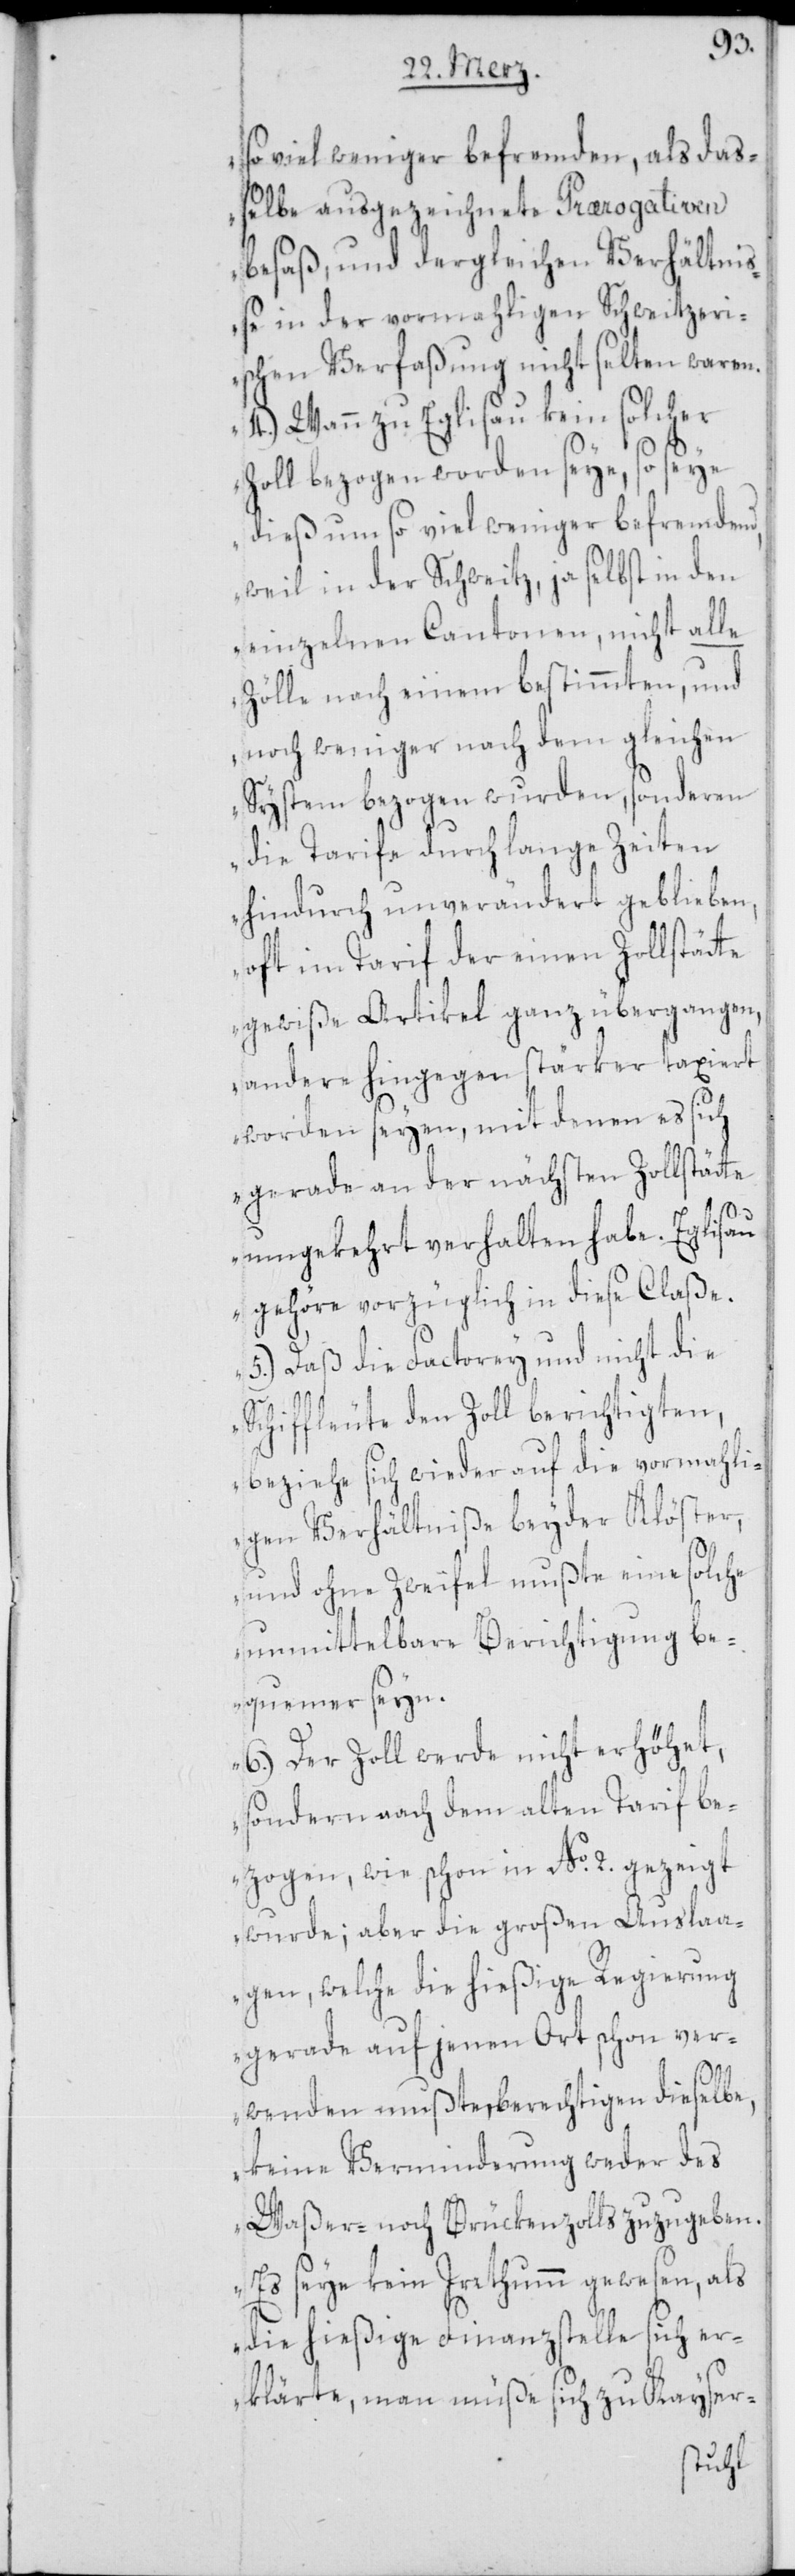
so viel weniger befremden, als da¬
ßelbe ausgezeichnete Prærogativen
besaß, und dergleichen Verhältni¬
ße in der vormahligen Schweitzeri¬
schen Verfaßung nicht selten waren.
4.) Wann zu Eglisau kein solcher
Zoll bezogen worden seye, so seye
dieß um so viel weniger befremdend,
weil in der Schweitz, ja selbst in den
einzelnen Cantonen, nicht alle
Zölle nach einem bestimmten, und
noch weniger nach dem gleichen
System bezogen wurden, sonderen
die Tarife durch lange Zeiten
hindurch unverändert geblieben,
oft im Tarif der einen Zollstätte
gewiße Artikel ganz übergangen,
andere hingegen stärker taxiert
worden seyen, mit denen es sich
gerade an der nächsten Zollstätte
umgekehrt verhalten habe. Eglisau
gehöre vorzüglich in diese Claße.
5.) Daß die Factorey und nicht die
Schiffleute den Zoll berichtigten,
beziehe sich wieder auf die vormahli¬
gen Verhältniße beyder Klöster,
und ohne Zweifel mußte eine solche
unmittelbare Berichtigung be¬
quemer seyn.
6.) Der Zoll werde nicht erhöhet,
sondern nach dem alten Tarif be¬
zogen, wie schon in No. 2. gezeigt
wurde; aber die großen Auslaa¬
gen, welche die hießige Regierung
gerade auf jenen Ort schon ver¬
wenden mußte, berechtigen dieselbe,
keine Verminderung weder des
Waßer- noch Brückenzolls zuzugeben.
Es seye kein Irrthumm gewesen, als
die hießige Finanzstelle sich er¬
klärte, man müße sich zu Kayser-